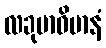
လခုမာဝိမာနံ